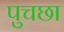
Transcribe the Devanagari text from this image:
पुचछा